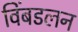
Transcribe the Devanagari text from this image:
विंबडलन